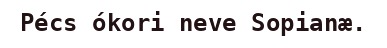
Pécs ókori neve Sopianæ.